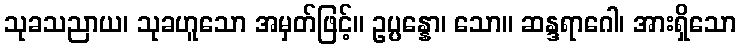
သုခသညာယ၊ သုခဟူသော အမှတ်ဖြင့်။ ဥပ္ပန္နော၊ သော။ ဆန္ဒရာဂေါ၊ အားရှိသော